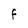
Character: F